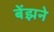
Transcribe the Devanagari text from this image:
बेंझने